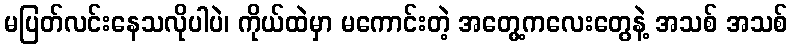
မပြတ်လင်းနေသလိုပါပဲ၊ ကိုယ်ထဲမှာ မကောင်းတဲ့ အတွေ့ကလေးတွေနဲ့ အသစ် အသစ်